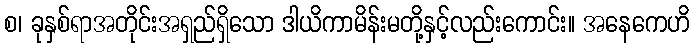
စ၊ ခုနှစ်ရာအတိုင်းအရှည်ရှိသော ဒါယိကာမိန်းမတို့နှင့်လည်းကောင်း။ အနေကေဟိ